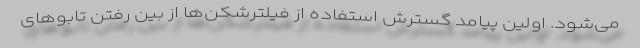
می‌شود. اولین پیامد گسترش استفاده از فیلترشکن‌ها از بین رفتن تابوهای